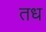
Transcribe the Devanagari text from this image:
तध